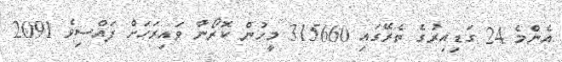
އެންމެ 24 ގަޑިއިރުގެ ތެރޭގައި 315660 މީހުން ކޮރޯނާ ވައިރަހަށް ފައްސިވެ 2091